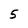
Character: 5